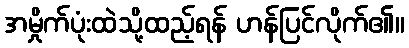
အမှိုက်ပုံးထဲသို့ထည့်ရန် ဟန်ပြင်လိုက်၏။